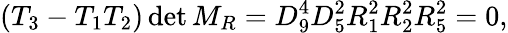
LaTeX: (T_{3}-T_{1}T_{2})\operatorname*{det}M_{R}=D_{9}^{4}D_{5}^{2}R_{1}^{2}R_{2}^{2}R_{5}^{2}=0,